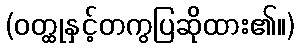
(ဝတ္ထုနှင့်တကွပြဆိုထား၏။)